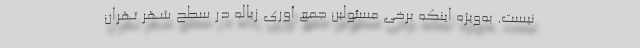
نیست. به‌ویژه اینکه برخی مسئولین جمع آوری زباله در سطح شهر تهران